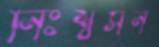
নিঃশ্বসন